Materia medica of Madras volume I
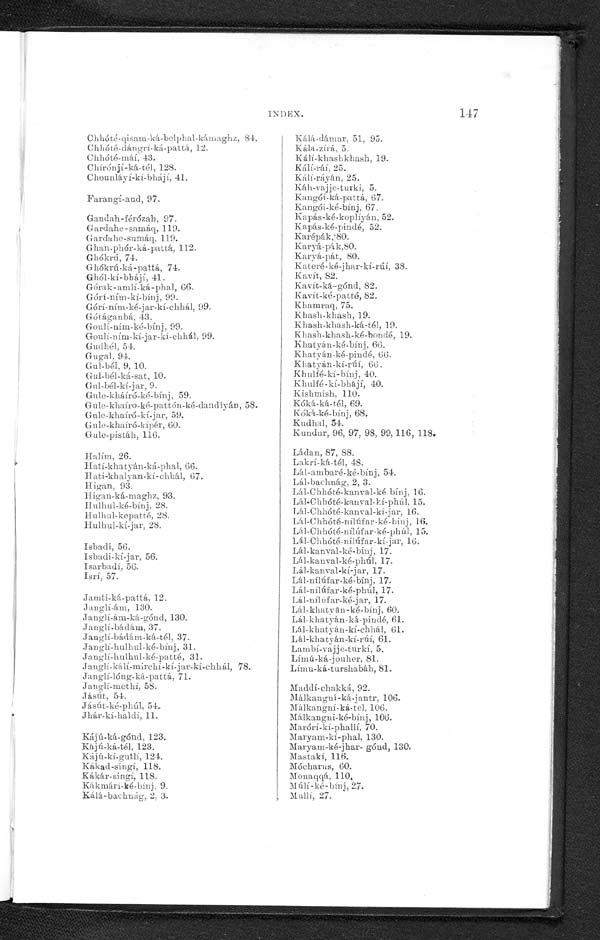
147.
Chhóté-qlisam-ká-belphal-kámaghz, 84.
Chhóté-dángrí-ká-pattá, 12.
Chhóté-máí, 43.
Chírónjí-ká-tél, 128.
Chounláyí-kí-bhájí, 41.
Farangí-aud, 97.
Gandah-férózah, 97.
Gardahe-samáq, 119.
Gardahe-sumáq, 119.
Ghan-phór-ká-pattá, 112.
Ghókrú, 74.
Ghókrú-ká-pattá, 74.
Ghól-kí-bhájí, 41.
Górak-amlí-ká-phal, 66.
Górí-ním-kí-bínj, 99.
Górí-ním-ké-jar-kí-chhál, 99.
Gótáganbá, 43.
Goulí-ním-ké-bínj, 99.
Gouli-ním-kí-jar-kí-chhál, 99.
Gudhél, 54.
Gugal. 94.
Gul-bél, 9, 10.
Gul-bél-ká-sat, 10.
Gul-bél-kí-jar, 9.
Gule-kháíró-ké-bínj, 59.
Gule-khaíro-ké-pattón-ké-dandíyán, 58.
Gule-l-khaíró-kí-jar 59.
Gule-khaíró-kípér, 60.
Gule-pistáh, 116.
Halím, 26.
Iatí-khatyán-ká-phal, 66.
Hati-khalyan-kí-Chhál, 67.
Higan, 93.
Hígan-ká-maghz, 93.
Hulhul-ké-bínj, 28.
Hulhul-kepatté, 28.
Hulhul-kí-jar, 28.
Isbadí, 56.
Isbadi-kí-jar, 56.
Isarbadí, 56.
Isrí, 57.
Jamti-ká-pattá, 12.
Jamglí-ám, 130.
Janglí-ám-ká-gónd, 130.
Janglí-bádám, 37.
Janglí-bádám-ká-tél, 37.
Janglí-hulhul-ké-bínj, 31.
Janglí-hulhul-ké-patté, 31.
Janglí-kálí-mirchí-kí-jar-kí-chhál, 78.
Janglí-lóng-ká-pattá, 71.
Janglí-methí, 58.
Jásút, 54.
Jásút-ké-phúl, 54.
Jhár-kí-haldí, 11.
Kájú-ká-gónd, 123.
Kájú-ká-tél, 123.
Kájú-kí-gutlí, 124.
Kákad-singí, 118.
Kákár-singí, 118.
Kákmárí-ké-binj, 9.
K á l á b a c h u á g 2 , 3 .
Kálá-dámar, 51, 95.
Kála.zirá, 5.
Kálí-khashkhash, 19.
Ká1í-ráí, 25.
Kálí-ráyán, 25.
Káh-vajje-turki, 5.
Kangóí-ká-pattá, 67.
Kangóí-ké-bínj, 67.
Kapás-ké-koplíyán, 52.
Kapás-ké-pindé, 52.
Karépák, 80.
Karyá-pák,80. Karyá-pát, 80.
Kateré-ké-jhar-kí-rúí, 38.
Kavít, 82.
Kavít-ká-gónd, 82.
Kavít-ké-patté, 82.
Khamraq, 75.
Khash-khash, 19.
Khash-khash-ká-tél, 19.
Khash-khash-ké-bondé, 19.
Khatyán-ké-bínj, 66.
Kha yán-ké-pindé, 66.
Khatyán-kí-rúí,
Khulfé-kí-bínj, 40.
Khulfé-kí-bhájí, 40.
Kishmish, 110.
Kóká-ká-tél, 69.
Kóká-ké-bínj, 68.
Kudhal, 54.
Kundur, 96, 97, 98, 99, 116, 118.
Ládan, 87, 88.
Lakrí-ká-tél, 48.
Lál-ambaré-ké-bínj, 54.
Lál-bachnág, 2, 3.
Lál-Chhóté-kanval-ké bínj, 16.
Lál-Chhóté-kanval-kí-phúl. 15.
Lál-Chhóté-kanval-kí-jar, 16.
Lál-Chhóté-nílúfar-ké-bíhj, 16.
Lál-Chhóté-nílúfar-ké-phúl, 15.
Lál-Chhóté-nílúfar-kí-jar, 16.
Lál-kanval-ké-bínj, 17.
Lál-kanval-ké-phúl, 17.
Lál-kanval-kí-jar, 17.
Lál-nílúfar-ké-bínj, 17.
Lál-nílúfar-ké-phúl, 17.
Lál-nílúfar-ké-jar, 17.
Lál-khatyan-ké-bínj, 60.
Lál-khatyán-ká-pindé, 61.
Lál-khatyán-kí-chhál, 61.
Lál-khatyán-kí-rúí, 61.
Lambí-vajje-turkí, 5.
Límú-ká-jouher, 81.
Límu-ká-turshabáh, 81.
Maddí-chakká, 92.
Málkangní-ká-jantr, 106.
Málkangní-ká-tel, 106.
Mákangni-ké-bínj, 106.
Marórí-kí-phallí, 70.
Maryam-kí-phal, 130.
Maryam-ké-jhar- gónd, 130.
Mastakí, 116.
Mócharus, 60.
Monaqqá, 110.
Múlí-ké-binj, 27.
Mullí, 27.